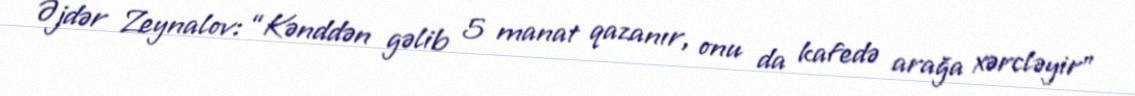
Əjdər Zeynalov: “Kənddən gəlib 5 manat qazanır, onu da kafedə arağa xərcləyir”